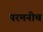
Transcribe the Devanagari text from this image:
परमनीच